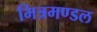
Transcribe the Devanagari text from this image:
मित्रमण्डल